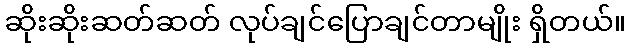
ဆိုးဆိုးဆတ်ဆတ် လုပ်ချင်ပြောချင်တာမျိုး ရှိတယ်။